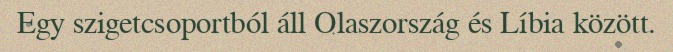
Egy szigetcsoportból áll Olaszország és Líbia között.